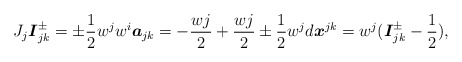
\begin{align*}J_{j}\boldsymbol{I}_{jk}^{\pm }=\pm \frac{1}{2}w^{j}w^{i}\boldsymbol{a}_{jk}=-\frac{wj}{2}+\frac{wj}{2}\pm \frac{1}{2}w^{j}d\boldsymbol{x}^{jk}=w^{j}(\boldsymbol{I}_{jk}^{\pm }-\frac{1}{2}),\end{align*}